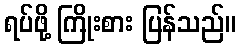
ရပ်ဖို့ ကြိုးစား ပြန်သည်။